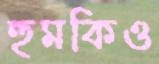
হুমকিও